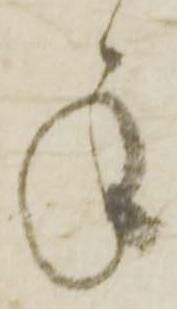
承